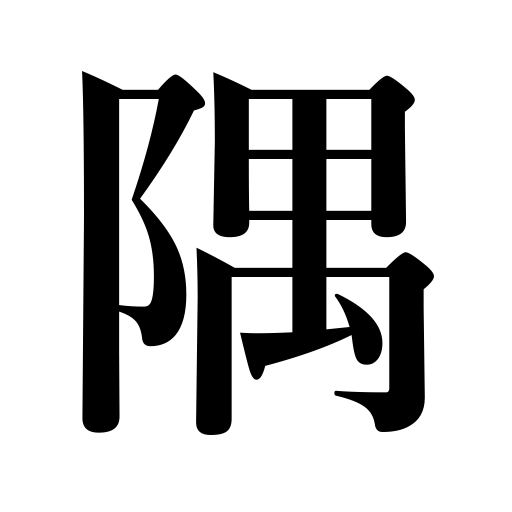
Meanings: nook,corner